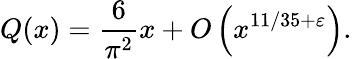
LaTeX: Q(x)={\frac{6}{\pi^{2}}}x+O\left(x^{11/35+\varepsilon}\right).